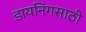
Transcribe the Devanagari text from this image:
डायनिंगसाठी